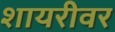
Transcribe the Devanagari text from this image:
शायरीवर